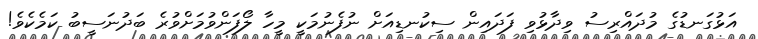
އަޅުގަނޑުގެ މުދައްރިސު ވިދާޅުވި ފަދައިން ސިކުނޑިއަށް ނުފެނުމަކީ މީހާ ލޯފަންވުމަށްވުރެ ބަދުނަސީބު ކަމެކެވެ!